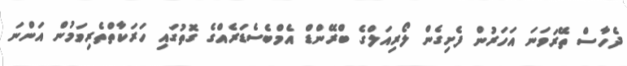
ދެހާސް ތޭރަވަނަ އަހަރުން ފެށިގެން ލޯރިއަލްގެ ބްރޭންޑް އެމްބެސެޑަރެއްގެ ގޮތުގައި ހަރަކާތްތެރިވަމުން އަންނަ